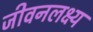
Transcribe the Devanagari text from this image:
जीवनलक्ष्य